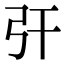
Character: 㢨